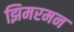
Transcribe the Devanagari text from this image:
झिमरमन